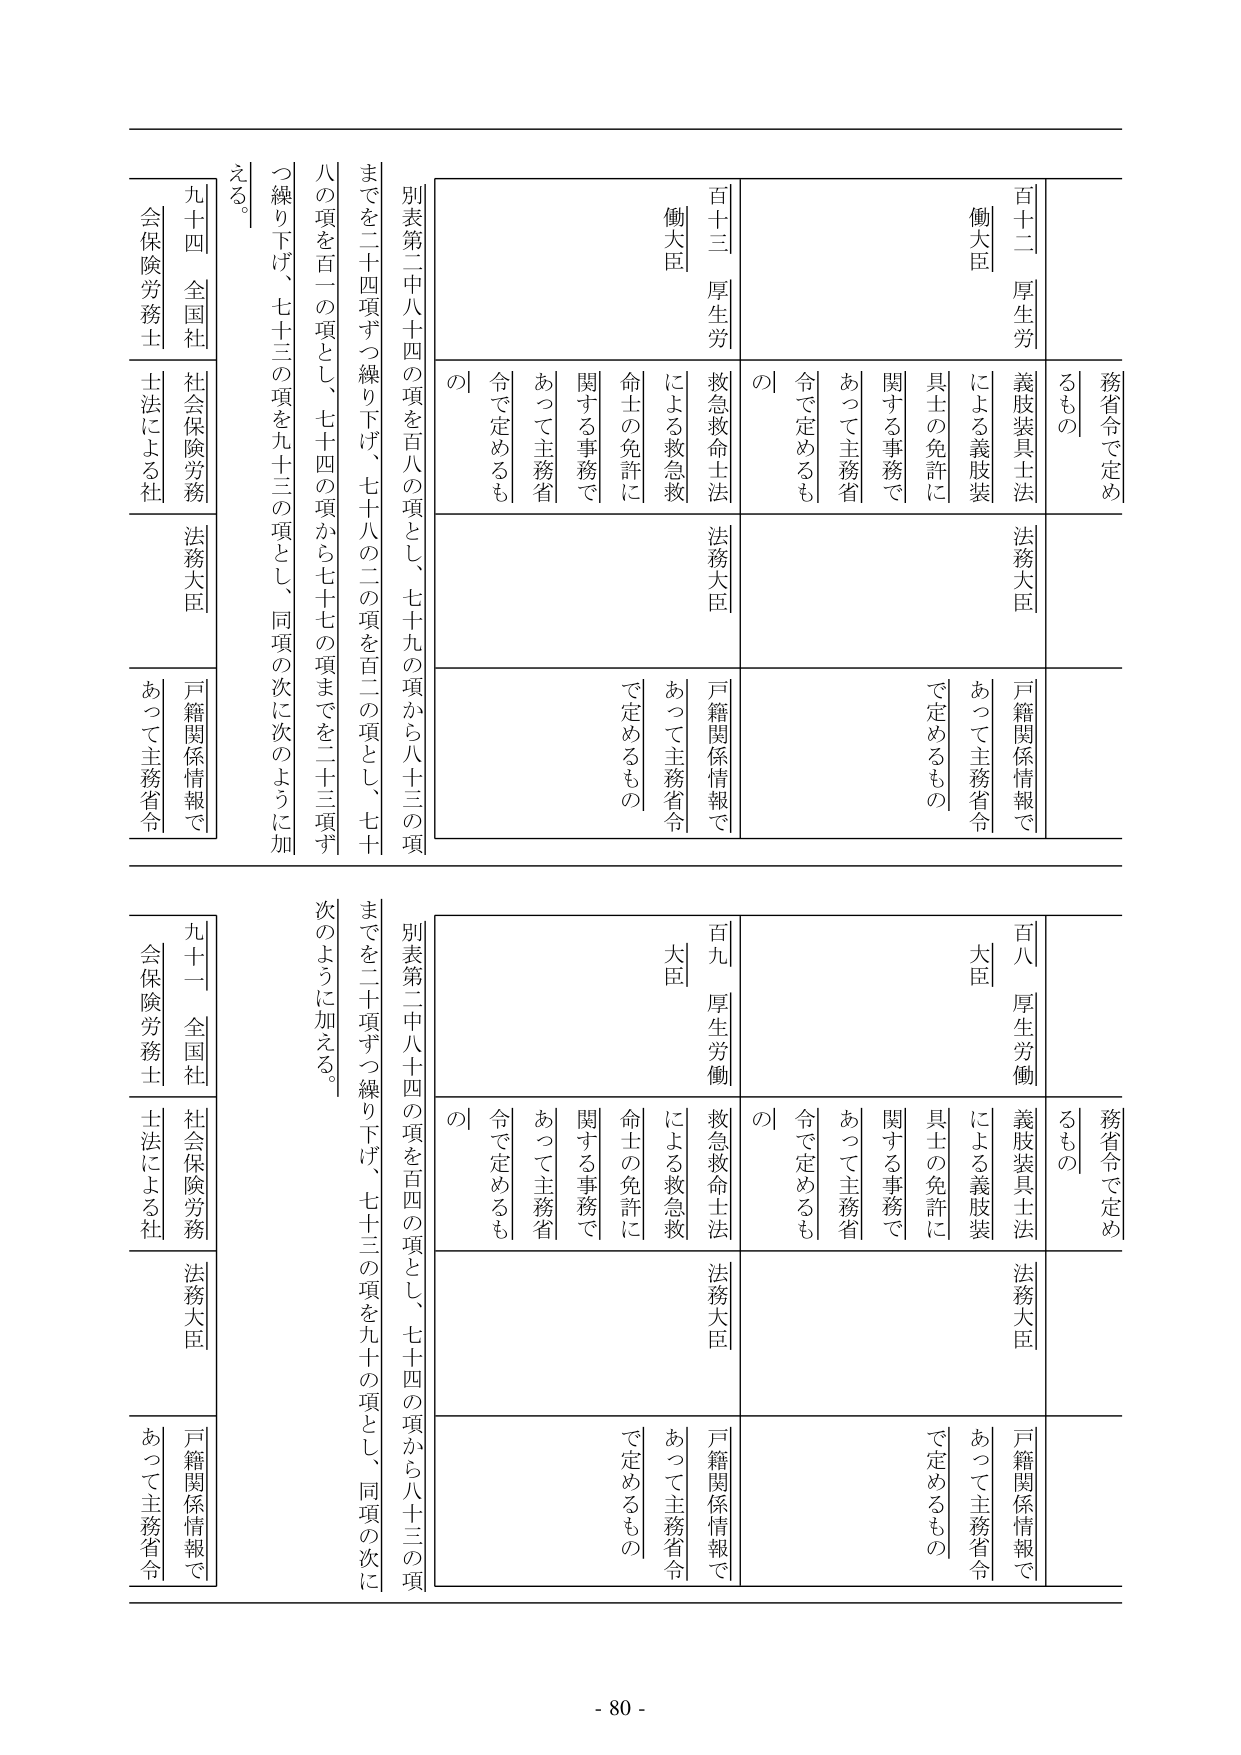
務省令で定めるもの
百十二 厚生労働大臣
義肢装具士法による義肢装具士の免許に関する事務であって主務省令で定めるもの
法務大臣
戸籍関係情報であって主務省令
百十三 厚生労働大臣
救急救命士法による救急救命士の免許に関する事務であって主務省令で定めるもの
法務大臣
戸籍関係情報であって主務省令
別表第二中八十四の項を百八の項とし、七十九の項から八十三の項までを二十四項ずつ繰り下げ、七十八の二の項を百二の項とし、七十の項を百一の項とし、七十四の項から七十七の項までを二十三項ずつ繰り下げ、七十三の項を九十三の項とし、同項の次に次のように加える。
九十四 全国社会保険労務士法による社会保険労務士
法務大臣
戸籍関係情報であって主務省令

務省令で定めるもの
百八 厚生労働大臣
義肢装具士法による義肢装具士の免許に関する事務であって主務省令で定めるもの
法務大臣
戸籍関係情報であって主務省令
百九 厚生労働大臣
救急救命士法による救急救命士の免許に関する事務であって主務省令で定めるもの
法務大臣
戸籍関係情報であって主務省令
別表第二中八十四の項を百四の項とし、七十四の項から八十三の項までを二十項ずつ繰り下げ、七十三の項を九十の項とし、同項の次に次のように加える。
九十一 全国社会保険労務士法による社会保険労務士
法務大臣
戸籍関係情報であって主務省令

- 80 -